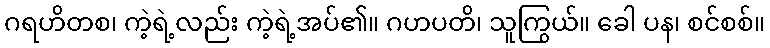
ဂရဟိတစ၊ ကဲ့ရဲ့လည်း ကဲ့ရဲ့အပ်၏။ ဂဟပတိ၊ သူကြွယ်။ ခေါ ပန၊ စင်စစ်။